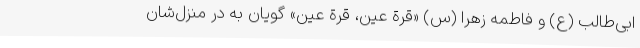
ابی‌طالب (ع) و فاطمه زهرا (س) «قرة عین، قرة عین» گویان به در منزل‌شان